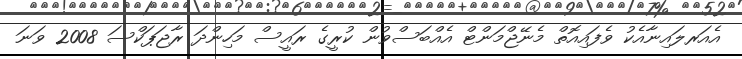
އެއަރލައިނާއެކު ވެފައިއޮތް މެނޭޖްމަންޓް އެއްބަސްވުން ކުރީގެ ރައީސް މަހިންދަ ރާޖަޕަކްސަ 2008 ވަނަ